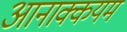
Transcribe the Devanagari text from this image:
आनाक्कयम